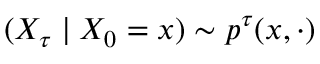
( X _ { \tau } \mid X _ { 0 } = x ) \sim p ^ { \tau } ( x , \cdot )